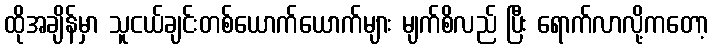
ထိုအချိန်မှာ သူငယ်ချင်းတစ်ယောက်ယောက်များ မျက်စိလည် ပြီး ရောက်လာလို့ကတော့